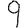
Digit: 9